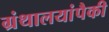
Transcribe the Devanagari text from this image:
ग्रंथालयांपैकी